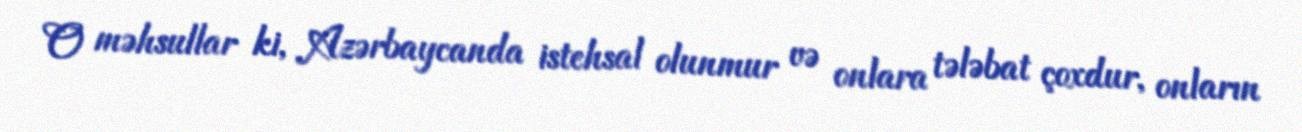
O məhsullar ki, Azərbaycanda istehsal olunmur və onlara tələbat çoxdur, onların